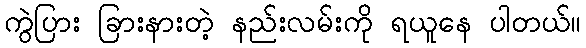
ကွဲပြား ခြားနားတဲ့ နည်းလမ်းကို ရယူနေ ပါတယ်။